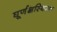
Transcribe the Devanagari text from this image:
घूर्णक्षस्थिरक